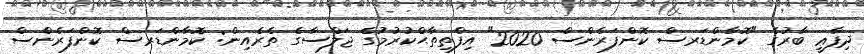
ދިފާޢީ ބާރުގެ "ކޮމާންޑަރސް ކޮންފަރެންސް 2020" އިފްތިތާޙްކުރުމުގެ ޖަލްސާގެެ ތެެރެއިން: ކޮމާންޑަރސް ކޮންފަރެންސް